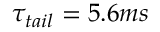
\tau _ { t a i l } = 5 . 6 m s